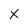
Character: X